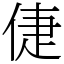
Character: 倢